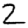
Digit: 2